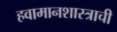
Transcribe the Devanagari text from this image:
हवामानशास्त्राची